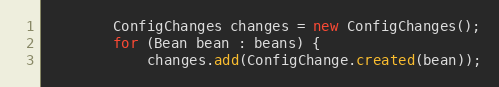
Language: Java
        ConfigChanges changes = new ConfigChanges();
        for (Bean bean : beans) {
            changes.add(ConfigChange.created(bean));